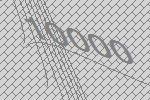
10000